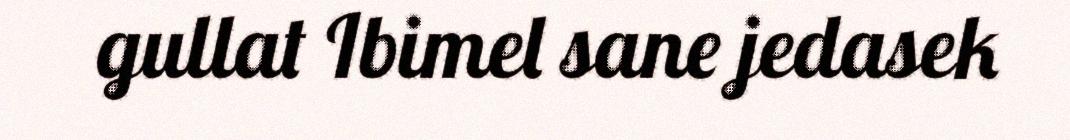
gullat Ibimel sane jedasek